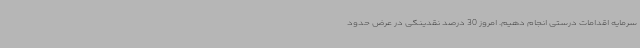
سرمایه اقدامات درستی انجام دهیم. امروز 30 درصد نقدینگی در عرض حدود